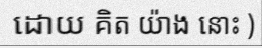
ដោយ គិត យ៉ាង នោះ )